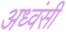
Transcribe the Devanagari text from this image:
अध्वंसी